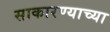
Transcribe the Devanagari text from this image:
साकारण्याच्या